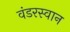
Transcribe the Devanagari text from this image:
वंडरस्वान